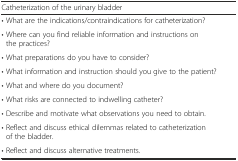
<table><thead><tr><td><b>Catheterization of the urinary bladder</b></td><td></td></tr></thead><tbody><tr><td>• What are the indications/contraindications for catheterization?</td><td></td></tr><tr><td>• Where can you find reliable information and instructions on the practices?</td><td></td></tr><tr><td>• What preparations do you have to consider?</td><td></td></tr><tr><td>• What information and instruction should you give to the patient?</td><td></td></tr><tr><td>• What and where do you document?</td><td></td></tr><tr><td>• What risks are connected to indwelling catheter?</td><td></td></tr><tr><td>• Describe and motivate what observations you need to obtain.</td><td></td></tr><tr><td>• Reflect and discuss ethical dilemmas related to catheterization of the bladder.</td><td></td></tr><tr><td>• Reflect and discuss alternative treatments.</td><td></td></tr></tbody></table>